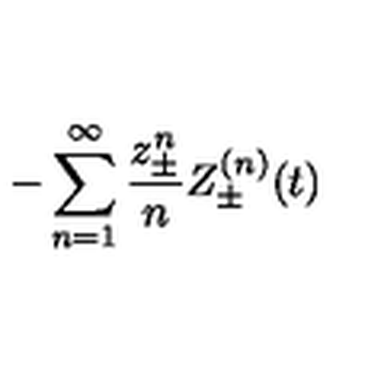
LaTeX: - \sum _ { n = 1 } ^ { \infty } \frac { z _ { \pm } ^ { n } } { n } Z _ { \pm } ^ { ( n ) } ( t )